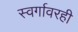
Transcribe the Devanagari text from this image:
स्वर्गावरही